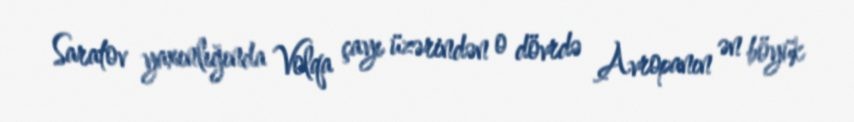
Saratov yaxınlığında Volqa çayı üzərindən o dövrdə Avropanın ən böyük